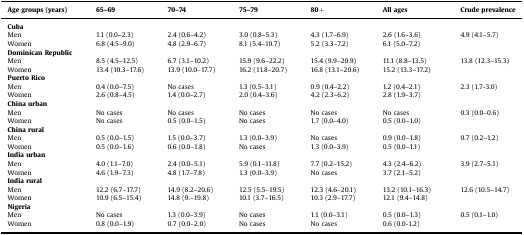
<table><thead><tr><td><b>Age groups (years)</b></td><td><b>65–69</b></td><td><b>70–74</b></td><td><b>75–79</b></td><td><b>80+</b></td><td><b>All ages</b></td><td><b>Crude prevalence</b></td></tr></thead><tbody><tr><td><b>Cuba</b></td><td></td><td></td><td></td><td></td><td></td><td></td></tr><tr><td>Men</td><td>1.1 (0.0–2.3)</td><td>2.4 (0.6–4.2)</td><td>3.0 (0.8–5.3)</td><td>4.3 (1.7–6.9)</td><td>2.6 (1.6–3.6)</td><td>4.9 (4.1–5.7)</td></tr><tr><td>Women</td><td>6.8 (4.5–9.0)</td><td>4.8 (2.9–6.7)</td><td>8.1 (5.4–10.7)</td><td>5.2 (3.3–7.2)</td><td>6.1 (5.0–7.2)</td><td></td></tr><tr><td><b>Dominican Republic</b></td><td></td><td></td><td></td><td></td><td></td><td></td></tr><tr><td>Men</td><td>8.5 (4.5–12.5)</td><td>6.7 (3.1–10.2)</td><td>15.9 (9.6–22.2)</td><td>15.4 (9.9–20.9)</td><td>11.1 (8.8–13.5)</td><td>13.8 (12.3–15.3)</td></tr><tr><td>Women</td><td>13.4 (10.3–17.6)</td><td>13.9 (10.0–17.7)</td><td>16.2 (11.8–20.7)</td><td>16.8 (13.1–20.6)</td><td>15.2 (13.3–17.2)</td><td></td></tr><tr><td><b>Puerto Rico</b></td><td></td><td></td><td></td><td></td><td></td><td></td></tr><tr><td>Men</td><td>0.4 (0.0–7.5)</td><td>No cases</td><td>1.3 (0.5–3.1)</td><td>0.9 (0.4–2.2)</td><td>1.2 (0.4–2.1)</td><td>2.3 (1.7-3.0)</td></tr><tr><td>Women</td><td>2.6 (0.8–4.5)</td><td>1.4 (0.0–2.7)</td><td>2.0 (0.4–3.6)</td><td>4.2 (2.3–6.2)</td><td>2.8 (1.9–3.7)</td><td></td></tr><tr><td><b>China urban</b></td><td></td><td></td><td></td><td></td><td></td><td></td></tr><tr><td>Men</td><td>No cases</td><td>No cases</td><td>No cases</td><td>No cases</td><td>No cases</td><td>0.3 (0.0–0.6)</td></tr><tr><td>Women</td><td>No cases</td><td>0.5 (0.0–1.5)</td><td>No cases</td><td>1.7 (0.0–4.0)</td><td>0.5 (0.0–1.0)</td><td></td></tr><tr><td><b>China rural</b></td><td></td><td></td><td></td><td></td><td></td><td></td></tr><tr><td>Men</td><td>0.5 (0.0–1.5)</td><td>1.5 (0.0–3.7)</td><td>1.3 (0.0–3.9)</td><td>No cases</td><td>0.9 (0.0–1.8)</td><td>0.7 (0.2–1.2)</td></tr><tr><td>Women</td><td>0.5 (0.0–1.6)</td><td>0.6 (0.0–1.8)</td><td>No cases</td><td>1.3 (0.0–3.9)</td><td>0.5 (0.0–1.1)</td><td></td></tr><tr><td><b>India urban</b></td><td></td><td></td><td></td><td></td><td></td><td></td></tr><tr><td>Men</td><td>4.0 (1.1–7.0)</td><td>2.4 (0.0–5.1)</td><td>5.9 (0.1–11.8)</td><td>7.7 (0.2–15.2)</td><td>4.3 (2.4–6.2)</td><td>3.9 (2.7–5.1)</td></tr><tr><td>Women</td><td>4.6 (1.9–7.3)</td><td>4.8 (1.7–7.8)</td><td>1.3 (0.0–3.9)</td><td>No cases</td><td>3.7 (2.1–5.2)</td><td></td></tr><tr><td><b>India rural</b></td><td></td><td></td><td></td><td></td><td></td><td></td></tr><tr><td>Men</td><td>12.2 (6.7–17.7)</td><td>14.9 (8.2–20.6)</td><td>12.5 (5.5–19.5)</td><td>12.3 (4.6–20.1)</td><td>13.2 (10.1–16.3)</td><td>12.6 (10.5–14.7)</td></tr><tr><td>Women</td><td>10.9 (6.5–15.4)</td><td>14.8 (9.–19.8)</td><td>10.1 (3.7–16.5)</td><td>10.3 (2.9–17.7)</td><td>12.1 (9.4–14.8)</td><td></td></tr><tr><td><b>Nigeria</b></td><td></td><td></td><td></td><td></td><td></td><td></td></tr><tr><td>Men</td><td>No cases</td><td>1.3 (0.0–3.9)</td><td>No cases</td><td>1.1 (0.0–3.1)</td><td>0.5 (0.0–1.3)</td><td>0.5 (0.1–1.0)</td></tr><tr><td>Women</td><td>0.8 (0.0–1.9)</td><td>0.7 (0.0–2.0)</td><td>No cases</td><td>No cases</td><td>0.6 (0.0-1.2)</td><td></td></tr></tbody></table>